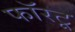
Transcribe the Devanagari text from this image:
फॉरटू